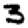
Digit: 3